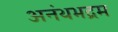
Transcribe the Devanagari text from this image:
अनंथभद्रम